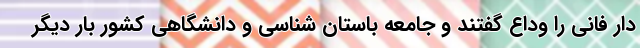
دار فانی را وداع گفتند و جامعه باستان شناسی و دانشگاهی کشور بار دیگر